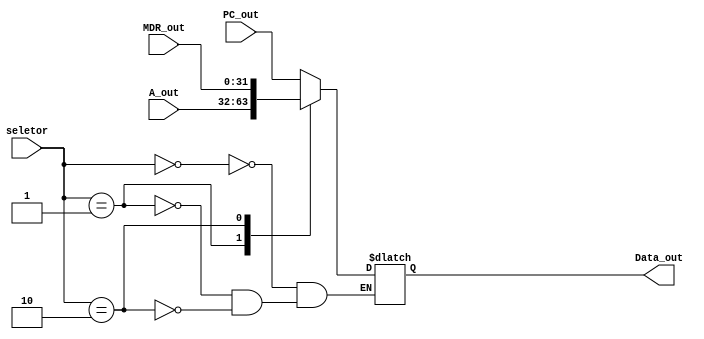
module mux_aluSrcA(
    input wire [1:0]seletor,
    input wire [31:0]PC_out,
    input wire [31:0]A_out,
    input wire [31:0]MDR_out,
    output reg [31:0]Data_out
);

always@(*)begin
    case (seletor)
		2'd0:Data_out = PC_out;
		2'd1:Data_out = A_out;
		2'd2:Data_out = MDR_out;
	endcase
end
	
endmodule